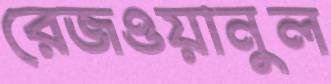
রেজওয়ানুল